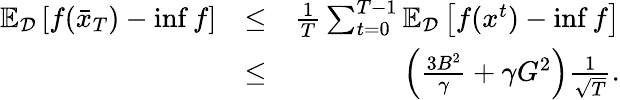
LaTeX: \begin{array}{rlr}{\mathbb{E}_{\mathcal{D}}\left[f(\bar{x}_{T})-\operatorname*{inf}f\right]}&{\leq}&{\frac{1}{T}\sum_{t=0}^{T-1}\mathbb{E}_{\mathcal{D}}\left[f(x^{t})-\operatorname*{inf}f\right]}\\ &{\leq}&{\left(\frac{3B^{2}}{\gamma}+{\gamma G^{2}}\right)\frac{1}{\sqrt{T}}.}\end{array}